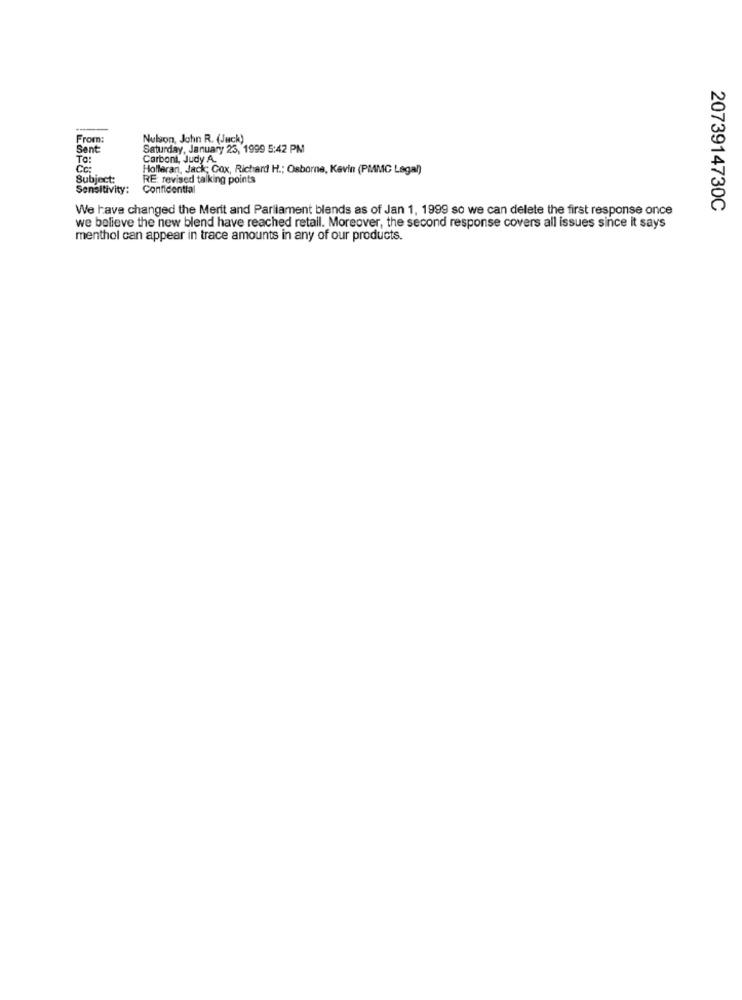
From:
Nulson, John R. (Juck)
Sent
Saturday, January 23, 1999 5:42 PM
To:
Carboni, Judy A.
Holleran, Jack; Cox, Richard H .; Osborne, Kevin (PMMC Lagal)
Subject:
RE: revised talking points
Sensitivity:
Confidential
We have changed the Merit and Parliament blends as of Jan 1, 1999 so we can delete the first response once
2073914730C
we believe the new blend have reached retail. Moreover, the second response covers all issues since it says
menthol can appear in trace amounts in any of our products.